Distribution and causation of leprosy in British India
Year: 1875
Disease focus: Leprosy
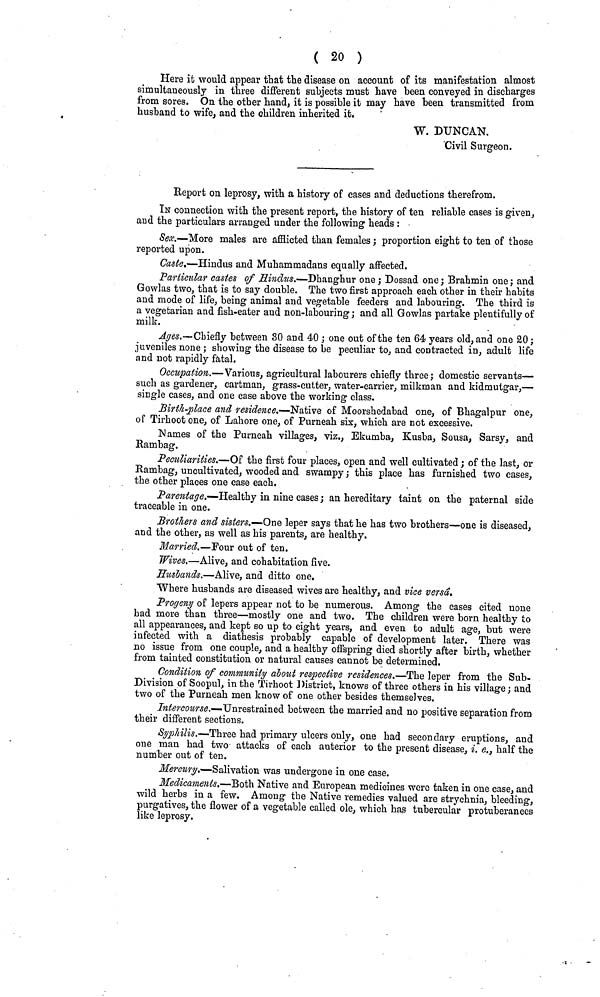
( 20 )
Here it would appear that the disease on account of its manifestation almost
simultaneously in three different subjects must have been conveyed in discharges
from sores. On the other hand, it is possible it may have been transmitted from
husband to wife, and the children inherited it.
W. DUNCAN.
Civil Surgeon.
Report on leprosy, with a history of cases and deductions therefrom.
IN connection with the present report, the history of ten reliable cases is given,
and the particulars arranged under the following heads :
Sex.—More males are afflicted than females ; proportion eight to ten of those
reported upon.
Caste.—Hindus and Muhammadans equally affected.
Particular castes of Hindus.—Dhanghur one ; Dossad one ; Brahmin one ; and
Gowlas two, that is to say double. The two first approach each other in their habits
and mode of life, being animal and vegetable feeders and labouring. The third is
a vegetarian and fish-eater and non-labouring ; and all Gowlas partake plentifully of
milk.
Âges.—Chiefly between 30 and 40 ; one out of the ten 64 years old, and one 20 ;
juveniles none ; showing the disease to be peculiar to, and contracted in, adult life
and not rapidly fatal.
Occupation.—Various, agricultural labourers chiefly three ; domestic servants—
such as gardener, cartman, grass-cutter, water-carrier, milkman and kidmutgar,—
single cases, and one case above the working class.
Birth-place and residence.—Native of Moorshedabad one, of Bhagalpur one,
of Tirhoot one, of Lahore one, of Purneah six, which are not excessive.
Names of the Purneah villages, viz., Ekumba, Kusba, Sousa, Sarsy, and
Rambag.
Peculiarities.—Of the first four places, open and well cultivated ; of the last, or
Rambag, uncultivated, wooded and swampy ; this place has furnished two cases,
the other places one case each.
Parentage.-— Healthy in nine cases ; an hereditary taint on the paternal side
traceable in one.
Brothers and sisters.—-One leper says that he has two brothers—one is diseased,
and the other, as well as his parents, are healthy.
Married.—Four out of ten.
Wives.—Alive, and cohabitation five.
Husbands.—Alive, and ditto one.
Where husbands are diseased wives are healthy, and vice versa.
Progeny of lepers appear not to be numerous. Among the cases cited none
had more than three—mostly one and two. The children were born healthy to
all appearances, and kept so up to eight years, and even to adult age, but were
infected with a diathesis probably capable of development later. There was
no issue from one couple, and a healthy offspring died shortly after birth, whether
from tainted constitution or natural causes cannot be determined.
Condition of community about respective residences.—The leper from the Sub-
Division of Soopul, in the Tirhoot District, knows of three others in his village; and
two of the Purneah men know of one other besides themselves.
Intercourse.—Unrestrained between the married and no positive separation from
their different sections.
Syphilis.— Three had primary ulcers only, one had secondary eruptions, and
one man had two attacks of each anterior to the present disease, i. e., half the
number out of ten.
Mercury.—Salivation was undergone in one case.
Medicaments.—Both Native and European medicines were taken in one case, and
wild herbs in a few. Among the Native remedies valued are strychnia, bleeding,
purgatives, the flower of a vegetable called ole, which has tubercular protuberances
like leprosy.